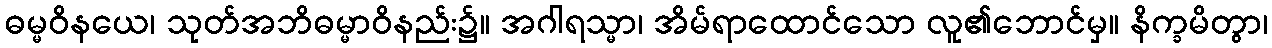
ဓမ္မဝိနယေ၊ သုတ်အဘိဓမ္မာဝိနည်း၌။ အဂါရသ္မာ၊ အိမ်ရာထောင်သော လူ၏ဘောင်မှ။ နိက္ခမိတွာ၊